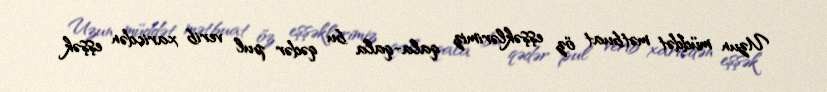
Uzun müddət mətbuat öz eşşəklərimiz qala-qala bu qədər pul verib xaricdən eşşək